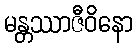
မန္တဿာဇီဝိနော